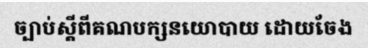
ច្បាប់ស្តីពីគណបក្សនយោបាយ ដោយចែង